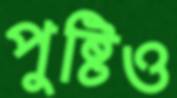
পুষ্টিও